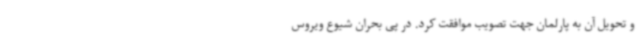
و تحویل آن به پارلمان جهت تصویب موافقت کرد. در پی بحران شیوع ویروس